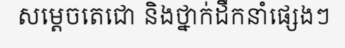
សម្តេចតេជោ និងថ្នាក់ដឹកនាំផ្សេងៗ